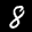
Label: 8